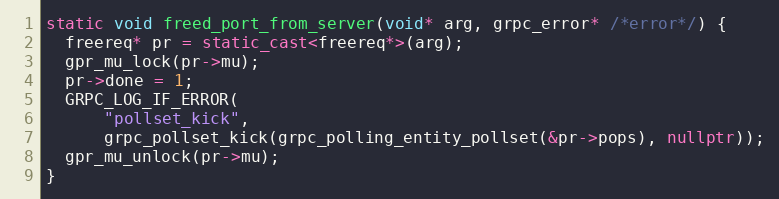
Language: C++
static void freed_port_from_server(void* arg, grpc_error* /*error*/) {
  freereq* pr = static_cast<freereq*>(arg);
  gpr_mu_lock(pr->mu);
  pr->done = 1;
  GRPC_LOG_IF_ERROR(
      "pollset_kick",
      grpc_pollset_kick(grpc_polling_entity_pollset(&pr->pops), nullptr));
  gpr_mu_unlock(pr->mu);
}